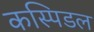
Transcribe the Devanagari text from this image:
कस्पिडल